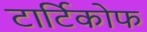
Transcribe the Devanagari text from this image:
टार्टिकोफ